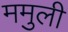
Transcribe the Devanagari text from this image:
ममुली